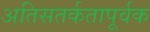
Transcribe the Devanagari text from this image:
अतिसतर्कतापूर्वक